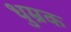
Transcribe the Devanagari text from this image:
धुम्रक